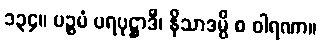
၁၃၄။ ပဉ္စမံ ပရပုဋ္ဌာဒီ၊ နိသာဒမ္ပိ စ ဝါရဏာ။